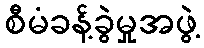
စီမံခန့်ခွဲမှုအဖွဲ့